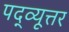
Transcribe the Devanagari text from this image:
पद्व्यूत्तर